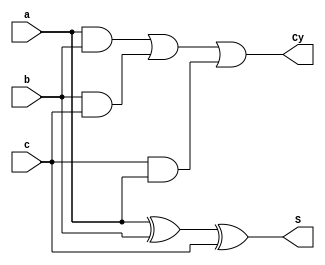
module Fulladder (S,Cy,a,b,c);
    input a,b,c;
    output S,Cy;

    assign S = a^b^c;
    assign Cy = (a & b) | (b & c) | (c & a);
    
endmodule